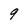
Character: 9